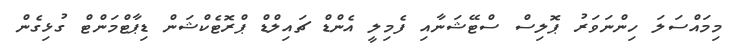
މިމައްސަލަ ހިންނަވަރު ޕޮލިސް ސްޓޭޝަނާއި ފެމިލީ އެންޑް ޗައިލްޑް ޕްރޮޓެކްޝަން ޑިޕާޓްމަންޓް ގުޅިގެން